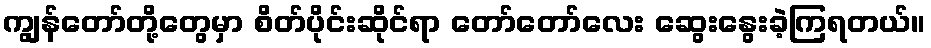
ကျွန်တော်တို့တွေမှာ စိတ်ပိုင်းဆိုင်ရာ တော်တော်လေး ဆွေးနွေးခဲ့ကြရတယ်။